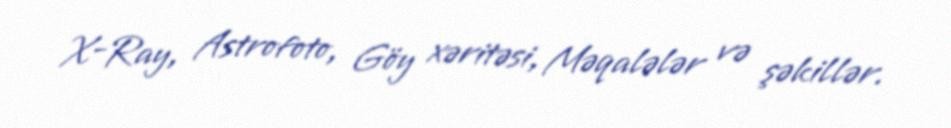
X-Ray, Astrofoto, Göy xəritəsi, Məqalələr və şəkillər.